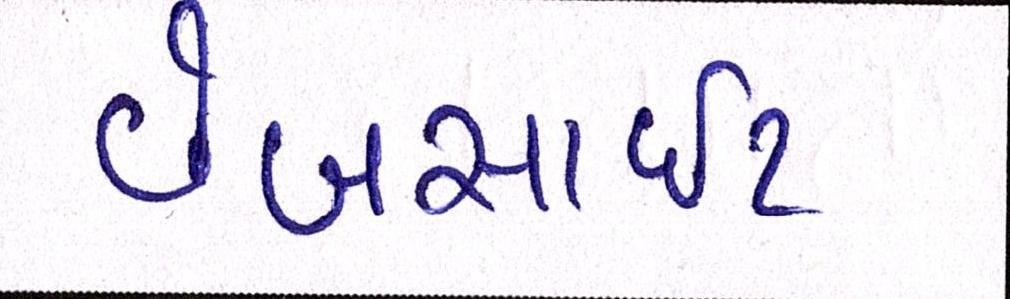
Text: વેબસાઈટ